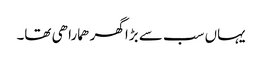
یہاں سب سے بڑا گھر ھمارا ھی تھا۔